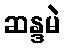
ဆန္ဒမဲ